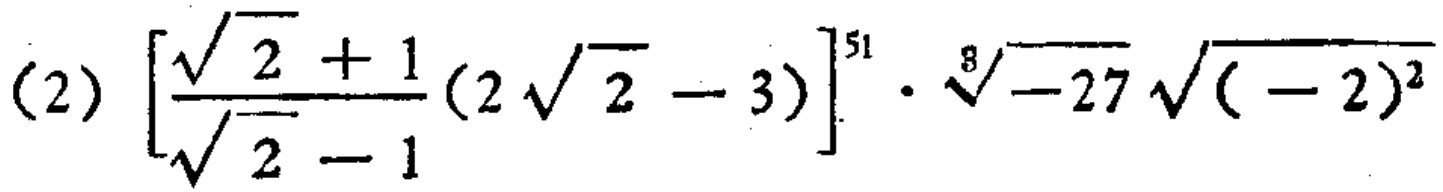
\((2)\left[\frac{\sqrt{2} + \frac{1}{1}(2\sqrt{2} - 3)}{\sqrt{2} - 1}\right]^{51}\cdot\sqrt[8]{-27}\sqrt{(-2)^{2}}\)